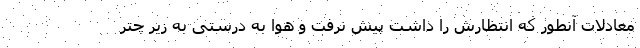
معادلات آنطور که انتظارش را داشت پیش نرفت و هوا به درستی به زیر چتر